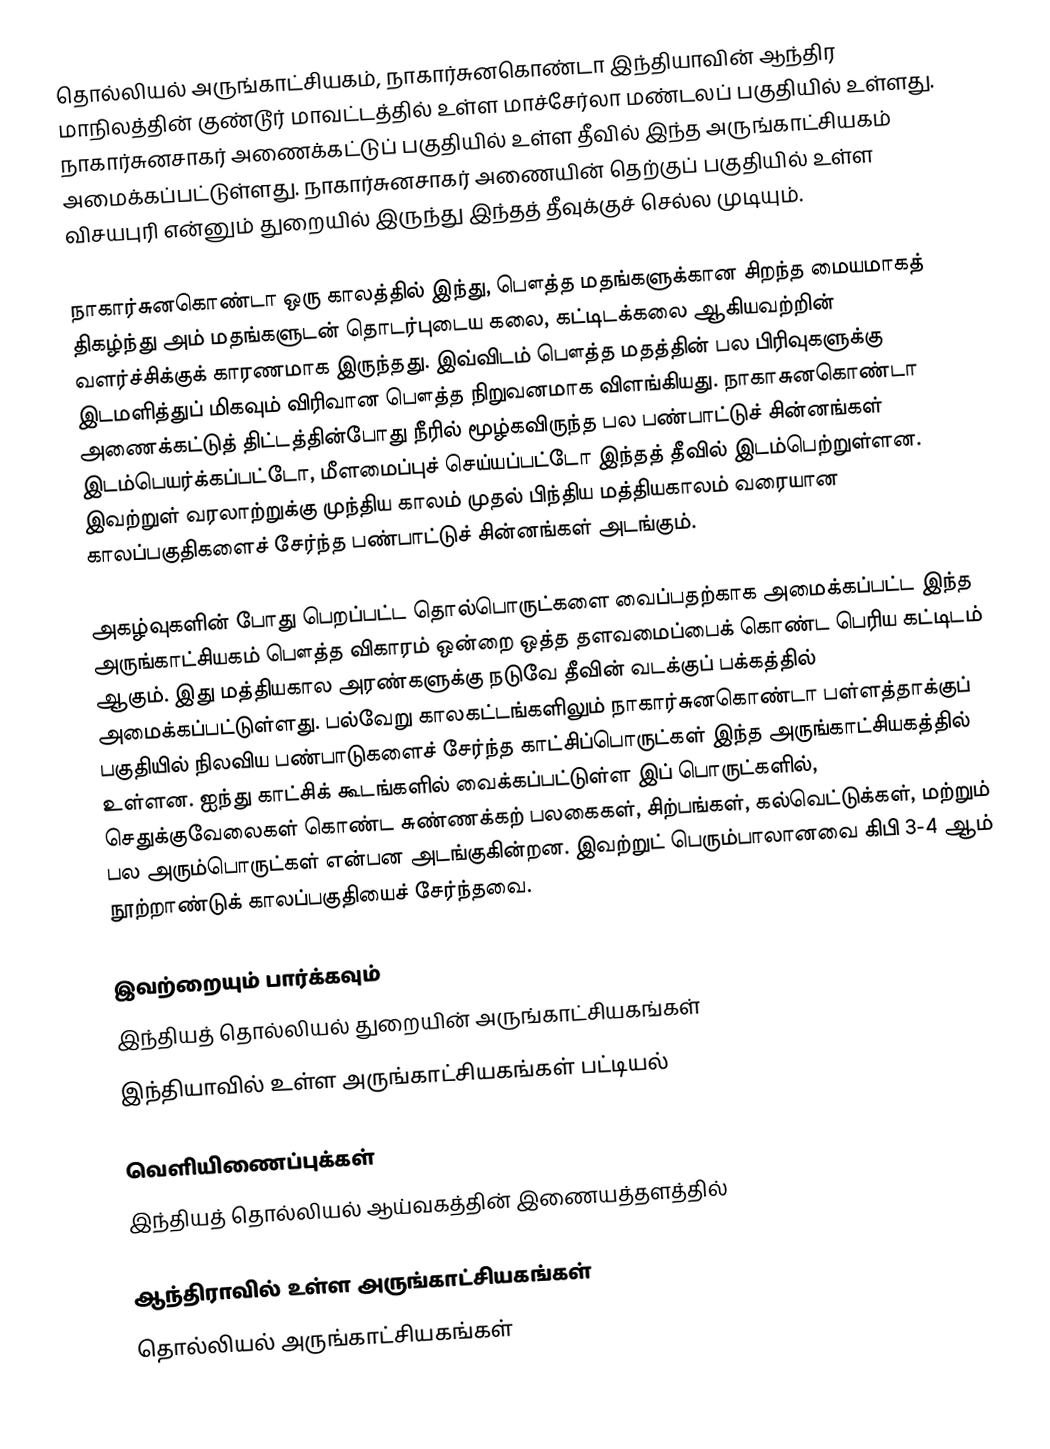
தொல்லியல் அருங்காட்சியகம், நாகார்சுனகொண்டா இந்தியாவின் ஆந்திர மாநிலத்தின் குண்டூர் மாவட்டத்தில் உள்ள மாச்சேர்லா மண்டலப் பகுதியில் உள்ளது. நாகார்சுனசாகர் அணைக்கட்டுப் பகுதியில் உள்ள தீவில் இந்த அருங்காட்சியகம் அமைக்கப்பட்டுள்ளது. நாகார்சுனசாகர் அணையின் தெற்குப் பகுதியில் உள்ள விசயபுரி என்னும் துறையில் இருந்து இந்தத் தீவுக்குச் செல்ல முடியும்.

நாகார்சுனகொண்டா ஒரு காலத்தில் இந்து, பௌத்த மதங்களுக்கான சிறந்த மையமாகத் திகழ்ந்து அம் மதங்களுடன் தொடர்புடைய கலை, கட்டிடக்கலை ஆகியவற்றின் வளர்ச்சிக்குக் காரணமாக இருந்தது. இவ்விடம் பௌத்த மதத்தின் பல பிரிவுகளுக்கு இடமளித்துப் மிகவும் விரிவான பௌத்த நிறுவனமாக விளங்கியது. நாகாசுனகொண்டா அணைக்கட்டுத் திட்டத்தின்போது நீரில் மூழ்கவிருந்த பல பண்பாட்டுச் சின்னங்கள் இடம்பெயர்க்கப்பட்டோ, மீளமைப்புச் செய்யப்பட்டோ இந்தத் தீவில் இடம்பெற்றுள்ளன. இவற்றுள் வரலாற்றுக்கு முந்திய காலம் முதல் பிந்திய மத்தியகாலம் வரையான காலப்பகுதிகளைச் சேர்ந்த பண்பாட்டுச் சின்னங்கள் அடங்கும்.

அகழ்வுகளின் போது பெறப்பட்ட தொல்பொருட்களை வைப்பதற்காக அமைக்கப்பட்ட இந்த அருங்காட்சியகம் பௌத்த விகாரம் ஒன்றை ஒத்த தளவமைப்பைக் கொண்ட பெரிய கட்டிடம் ஆகும். இது மத்தியகால அரண்களுக்கு நடுவே தீவின் வடக்குப் பக்கத்தில் அமைக்கப்பட்டுள்ளது. பல்வேறு காலகட்டங்களிலும் நாகார்சுனகொண்டா பள்ளத்தாக்குப் பகுதியில் நிலவிய பண்பாடுகளைச் சேர்ந்த காட்சிப்பொருட்கள் இந்த அருங்காட்சியகத்தில் உள்ளன. ஐந்து காட்சிக் கூடங்களில் வைக்கப்பட்டுள்ள இப் பொருட்களில், செதுக்குவேலைகள் கொண்ட சுண்ணக்கற் பலகைகள், சிற்பங்கள், கல்வெட்டுக்கள், மற்றும் பல அரும்பொருட்கள் என்பன அடங்குகின்றன. இவற்றுட் பெரும்பாலானவை கிபி 3-4 ஆம் நூற்றாண்டுக் காலப்பகுதியைச் சேர்ந்தவை.

இவற்றையும் பார்க்கவும்
 இந்தியத் தொல்லியல் துறையின் அருங்காட்சியகங்கள்
 இந்தியாவில் உள்ள அருங்காட்சியகங்கள் பட்டியல்

வெளியிணைப்புக்கள்
 இந்தியத் தொல்லியல் ஆய்வகத்தின் இணையத்தளத்தில்

ஆந்திராவில் உள்ள அருங்காட்சியகங்கள்
தொல்லியல் அருங்காட்சியகங்கள்